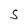
Character: S